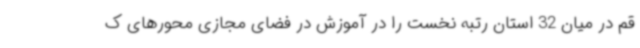
قم در میان 32 استان رتبه نخست را در آموزش در فضای مجازی محورهای ک